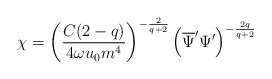
\begin{align*}\chi=\left (\frac{C(2-q)}{4\omega u_{0}m^{4}}\right )^{-\frac{2}{q+2}}\left (\overline{\Psi}^{\prime}\Psi^{\prime}\right )^{-\frac{2q}{q+2}} \end{align*}